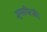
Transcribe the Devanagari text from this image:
ज़ूग्सपित्ज़ी।